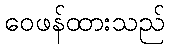
ဝေဖန်ထားသည်